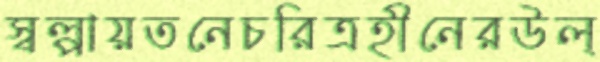
স্বল্পায়তনেচরিত্রহীনেরউল্